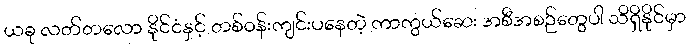
ယခု လတ်တလော နိုင်ငံနှင့် တစ်ဝန်းကျင်းပနေတဲ့ ကာကွယ်ဆေး အစီအစဉ်တွေပါ သိရှိနိုင်မှာ